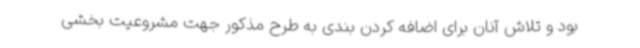
بود و تلاش آنان برای اضافه کردن بندی به طرح مذکور جهت مشروعیت بخشی